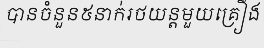
បានចំនួន៥នាក់រថយន្តមួយគ្រឿង